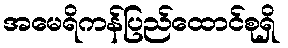
အမေရိကန်ပြည်ထောင်စုရှိ